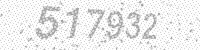
Solution: 517932